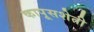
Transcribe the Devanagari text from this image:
कापूसशेती